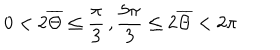
0 < 2 \overline { { \Theta } } \leq \frac { \pi } { 3 } \, , \frac { 5 \pi } { 3 } \leq 2 \overline { { \Theta } } < 2 \pi